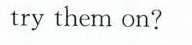
try them on?